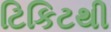
ટિકિટથી